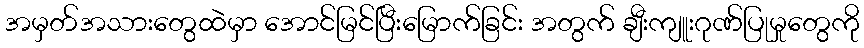
အမှတ်အသားတွေထဲမှာ အောင်မြင်ပြီးမြောက်ခြင်း အတွက် ချီးကျူးဂုဏ်ပြုမှုတွေကို